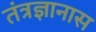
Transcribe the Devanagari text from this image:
तंत्रज्ञानास